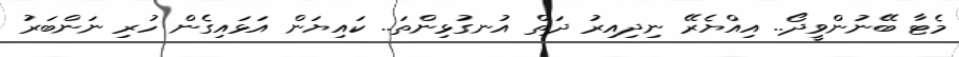
މެޓާ ބޭނުންވީދޯ.. އިއްޔެރޭ ނިދިއިރު ދަތް އުނގުޅިންތަ.. ކައިޔަން އަޅައިގެން ހުރި ނަންބަރު